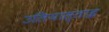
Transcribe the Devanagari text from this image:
उलियास्ताइ